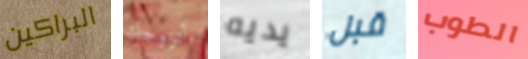
البراكين أتزوجك يديه قبل الطوب